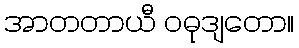
အာတတာယီ ဝဓုဒျတော။